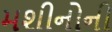
મશીનોની